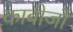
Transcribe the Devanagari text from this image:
काबोजों